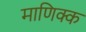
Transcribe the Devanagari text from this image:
माणिक्क